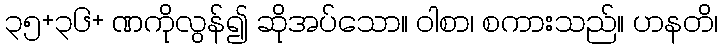
၃၅+၃၆+ ဏကိုလွန်၍ ဆိုအပ်သော။ ဝါစာ၊ စကားသည်။ ဟနတိ၊